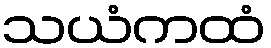
သယံကထံ